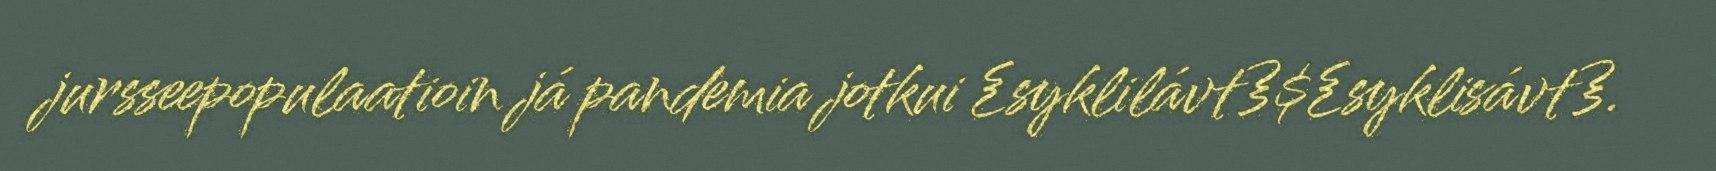
jursseepopulaatioin já pandemia jotkui {syklilávt}${syklisávt}.